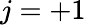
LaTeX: j=+1